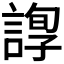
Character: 𧪂